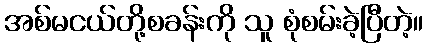
အစ်မငယ်တို့စခန်းကို သူ စုံစမ်းခဲ့ပြီတဲ့။